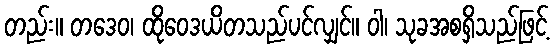
တည်း။ တဒေဝ၊ ထိုဝေဒယိတသည်ပင်လျှင်။ ဝါ၊ သုခအစရှိသည်ဖြင့်